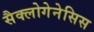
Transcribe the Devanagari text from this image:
सैक्लोगेनेसिस